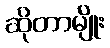
ဆိုတာမျိုး